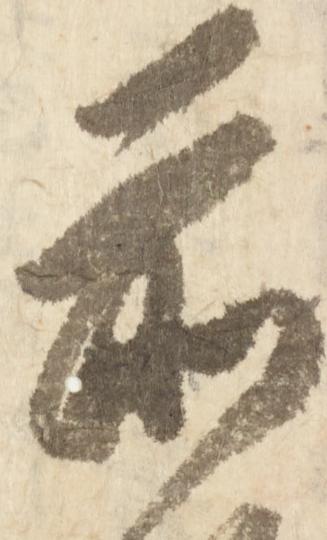
前